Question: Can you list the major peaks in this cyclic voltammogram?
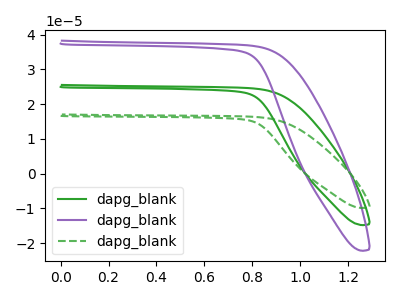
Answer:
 <answer>The green curve "dapg_blank1" has no peaks. The purple curve "dapg_blank2" has no peaks. The green dashed curve "dapg_blank3" has no peaks.</answer>
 <eval></eval>